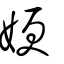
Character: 㛐